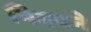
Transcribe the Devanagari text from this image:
निटपने